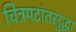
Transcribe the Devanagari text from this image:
चित्रपटांतसुद्धा